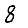
Digit: 8